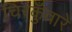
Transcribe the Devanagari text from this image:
चिरकुँवारे